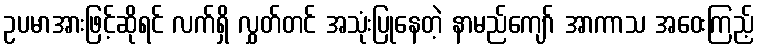
ဥပမာအားဖြင့်ဆိုရင် လက်ရှိ လွှတ်တင် အသုံးပြုနေတဲ့ နာမည်ကျော် အာကာသ အဝေးကြည့်